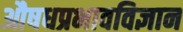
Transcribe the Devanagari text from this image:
औषधप्रभावविज्ञान